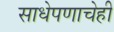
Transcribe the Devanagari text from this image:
साधेपणाचेही